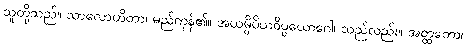
သူတို့သည်။ သာလောဟိတာ၊ မည်ကုန်၏။ အယမ္ပိပိယဝိပ္ပယောဂေါ၊ သည်လည်း။ အတ္ထတော၊